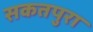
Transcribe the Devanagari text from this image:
सकतपुरा